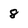
Character: 8